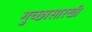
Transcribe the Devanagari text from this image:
गुच्छासारखी